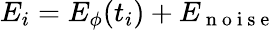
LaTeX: E_{i}=E_{\phi}(t_{i})+E_{\mathrm{~n~o~i~s~e~}}